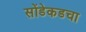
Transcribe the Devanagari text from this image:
सोंडेकडचा